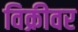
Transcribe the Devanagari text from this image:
विक्रीवर